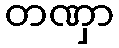
တဏှာ